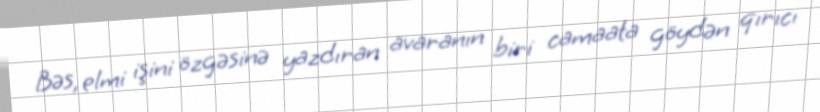
Bəs, elmi işini özgəsinə yazdıran avaranın biri camaata göydən qırıcı